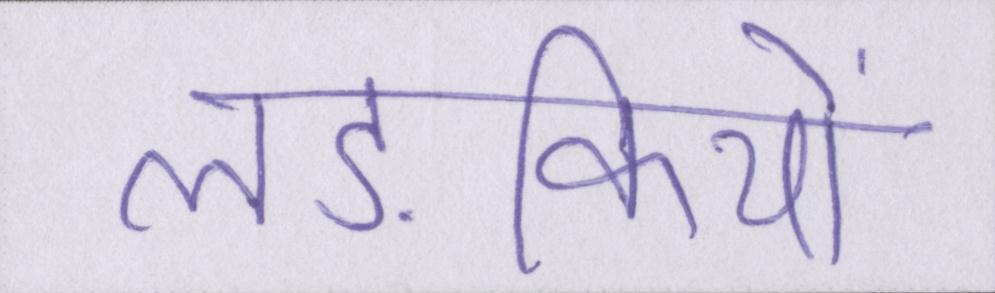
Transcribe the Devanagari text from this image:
लङकियों